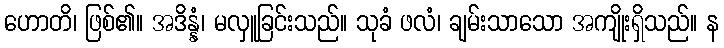
ဟောတိ၊ ဖြစ်၏။ အဒိန္နံ၊ မလှူခြင်းသည်။ သုခံ ဖလံ၊ ချမ်းသာသော အကျိုးရှိသည်။ န